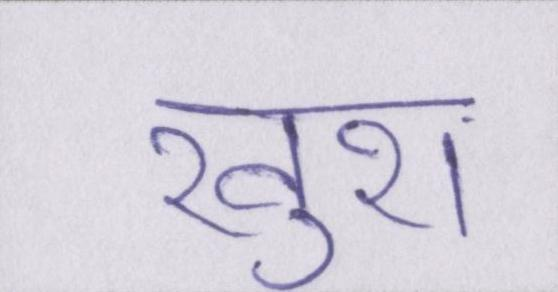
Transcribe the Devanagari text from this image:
खुश